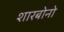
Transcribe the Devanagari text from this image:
शारबोनो